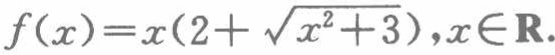
\(f(x)=x(2+\sqrt{x^{2}+3}),x\in\mathbf{R}\)